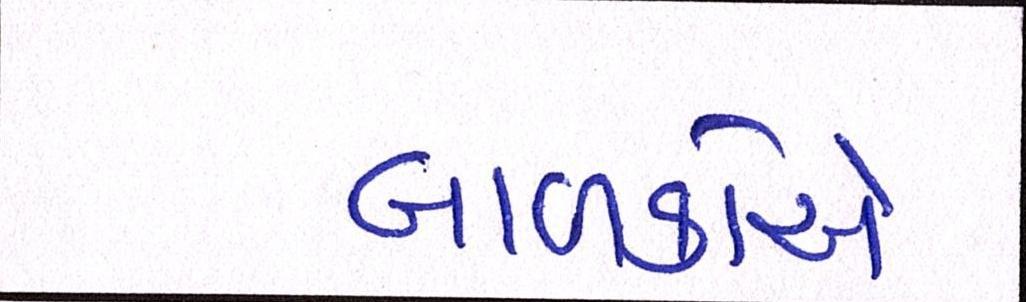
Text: બાળકોએ